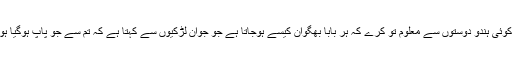
ہم تو اپنی مجبوری کی وجہ سے دنیا سے کٹ گئے ہیں کوئی ہندو دوستوں سے معلوم تو کرے کہ ہر بابا بھگوان کیسے ہوجاتا ہے جو جوان لڑکیوں سے کہتا ہے کہ تم سے جو پاپ ہوگیا ہو وہ پورا پورا لکھ کر دے دو میں تمہیں معاف کردوں گا۔